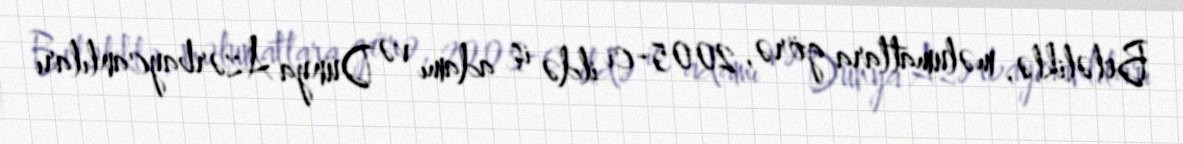
Beləliklə, məlumatlara görə, 2005-ci ildə iş adamı və Dünya Azərbaycanlıları